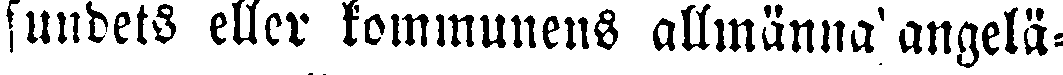
sundets eller kommunens allmänna angelä-